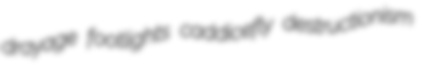
drayage footlights caddicefly destructionism